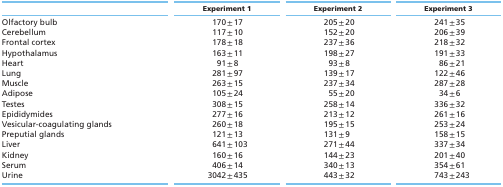
|  | Experiment 1 | Experiment 2 | Experiment 3 |
 | --- | --- | --- | --- |
 | Olfactory bulb | 170 ± 17 | 205 ± 20 | 241 ± 35 |
 | Cerebellum | 117 ± 10 | 152 ± 20 | 206 ± 39 |
 | Frontal cortex | 178 ± 18 | 237 ± 36 | 218 ± 32 |
 | Hypothalamus | 163 ± 11 | 198 ± 27 | 191 ± 33 |
 | Heart | 91 ± 8 | 93 ± 8 | 86 ± 21 |
 | Lung | 281 ± 97 | 139 ± 17 | 122 ± 46 |
 | Muscle | 263 ± 15 | 237 ± 34 | 287 ± 28 |
 | Adipose | 105 ± 24 | 55 ± 20 | 34 ± 6 |
 | Testes | 308 ± 15 | 258 ± 14 | 336 ± 32 |
 | Epididymides | 277 ± 16 | 213 ± 12 | 261 ± 16 |
 | Vesicular-coagulating glands | 260 ± 18 | 195 ± 15 | 253 ± 24 |
 | Preputial glands | 121 ± 13 | 131 ± 9 | 158 ± 15 |
 | Liver | 641 ± 103 | 271 ± 44 | 337 ± 34 |
 | Kidney | 160 ± 16 | 144 ± 23 | 201 ± 40 |
 | Serum | 406 ± 14 | 340 ± 13 | 354 ± 61 |
 | Urine | 3042 ± 435 | 443 ± 32 | 743 ± 243 |